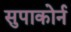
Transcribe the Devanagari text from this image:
सुपाकोर्न